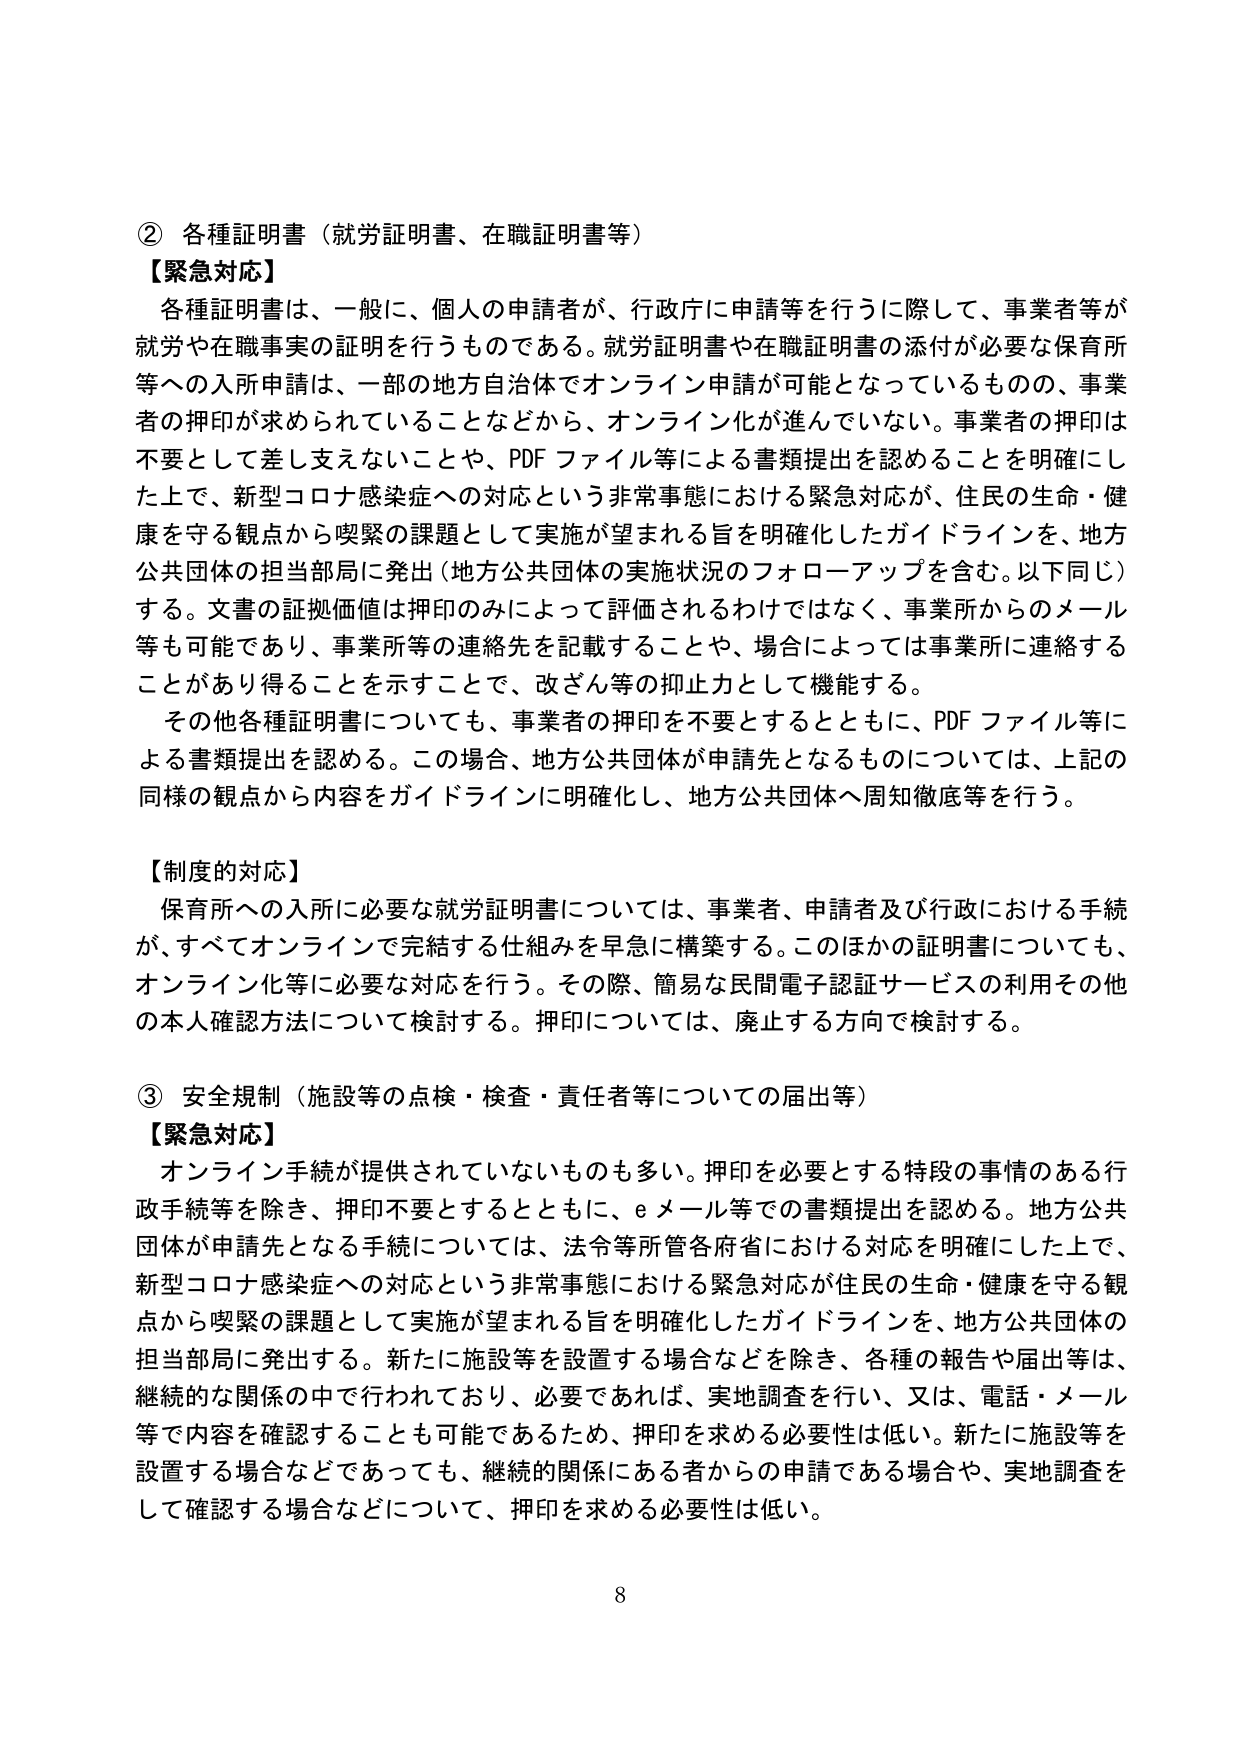
② 各種証明書（就労証明書、在職証明書等）
【緊急対応】
各種証明書は、一般に、個人の申請者が、行政庁に申請等を行うに際して、事業者等が就労や在職事実の証明を行うものである。就労証明書や在職証明書の添付が必要な保育所等への入所申請は、一部の地方自治体でオンライン申請が可能となっているものの、事業者の押印が求められていることなどから、オンライン化が進んでいない。事業者の押印は不要として差し支えないことや、PDFファイル等による書類提出を認めることを明確にした上で、新型コロナ感染症への対応という非常事態における緊急対応が、住民の生命・健康を守る観点から喫緊の課題として実施が望まれる旨を明確化したガイドラインを、地方公共団体の担当部局に発出（地方公共団体の実施状況のフォローアップを含む。以下同じ）する。文書の証拠価値は押印のみによって評価されるわけではなく、事業所からのメール等も可能であり、事業所等の連絡先を記載することや、場合によっては事業所に連絡することがあり得ることを示すことで、改ざん等の抑止力として機能する。
その他各種証明書についても、事業者の押印を不要とするとともに、PDFファイル等による書類提出を認める。この場合、地方公共団体が申請先となるものについては、上記の同様の観点から内容をガイドラインに明確化し、地方公共団体へ周知徹底等を行う。

【制度的対応】
保育所への入所に必要な就労証明書については、事業者、申請者及び行政における手続が、すべてオンラインで完結する仕組みを早急に構築する。このほかの証明書についても、オンライン化等に必要な対応を行う。その際、簡易な民間電子認証サービスの利用その他 の本人確認方法について検討する。押印については、廃止する方向で検討する。

③ 安全規制（施設等の点検・検査・責任者等についての届出等）
【緊急対応】
オンライン手続が提供されていないものも多い。押印を必要とする特段の事情のある行政手続等を除き、押印不要とするとともに、eメール等での書類提出を認める。地方公共団体が申請先となる手続については、法令等所管各府省における対応を明確にした上で、新型コロナ感染症への対応という非常事態における緊急対応が住民の生命・健康を守る観点から喫緊の課題として実施が望まれる旨を明確化したガイドラインを、地方公共団体の担当部局に発出する。新たに施設等を設置する場合などを除き、各種の報告や届出等は、継続的な関係の中で行われており、必要であれば、実地調査を行い、又は、電話・メール等で内容を確認することも可能であるため、押印を求める必要性は低い。新たに施設等を設置する場合などであっても、継続的関係にある者からの申請である場合や、実地調査をして確認する場合などについて、押印を求める必要性は低い。

8